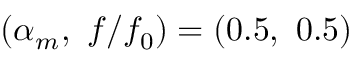
( \alpha _ { m } , \ f / f _ { 0 } ) = ( 0 . 5 , \ 0 . 5 )